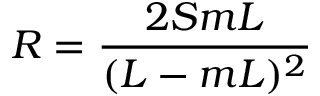
R = \frac { 2 S m L } { ( L - m L ) ^ { 2 } }